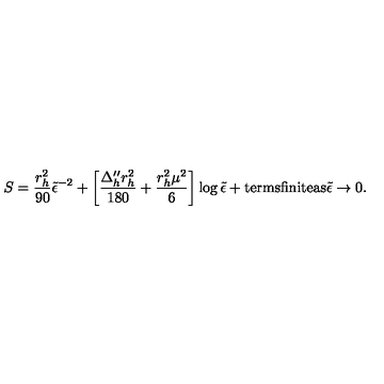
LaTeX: S = \frac { r _ { h } ^ { 2 } } { 9 0 } { \tilde { \epsilon } } ^ { - 2 } + \left[ \frac { \Delta _ { h } ^ { \prime \prime } r _ { h } ^ { 2 } } { 1 8 0 } + \frac { r _ { h } ^ { 2 } \mu ^ { 2 } } { 6 } \right] \log { \tilde { \epsilon } } + { \mathrm { t e r m s f i n i t e a s } } { \tilde { \epsilon } } \rightarrow 0 .